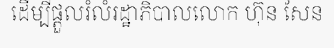
ដើម្បីផ្តួលរំលំរដ្ឋាភិបាលលោក ហ៊ុន សែន